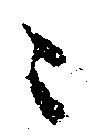
ニ